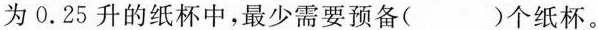
为0.25升的纸杯中，最少需要预备()个纸杯。